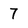
Character: 7